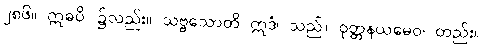
၂၈၆။ ဣဓပိ၊ ၌လည်း။ သဗ္ဗသောတိ ဣဒံ၊ သည်။ ဝုတ္တနယမေဝ၊ တည်း။